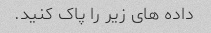
داده های زیر را پاک کنید.